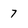
Character: 7